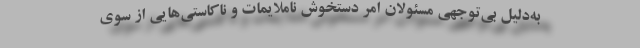
به‌دلیل بی‌توجهی مسئولان امر دستخوش ناملایمات و ناکاستی‌هایی از سوی